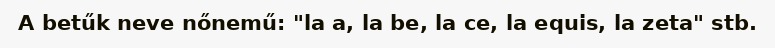
A betűk neve nőnemű: "la a, la be, la ce, la equis, la zeta" stb.